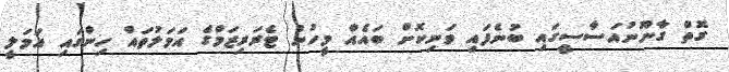
ގޮތް ގާނޫނުއަސާސީގައި ބުނެފައި ވަނިކޮށް ބައެއް މީހުން ޓެރަރިޒަމްގެ އަމަލުތައް ހިންގައި އަމަލީ